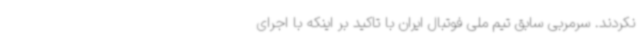
نکردند. سرمربی سابق تیم ملی فوتبال ایران با تاکید بر اینکه با اجرای